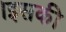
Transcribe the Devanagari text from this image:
।इसकी